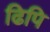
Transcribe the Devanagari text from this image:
ढिपि